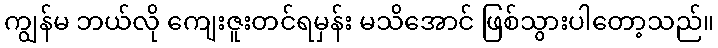
ကျွန်မ ဘယ်လို ကျေးဇူးတင်ရမှန်း မသိအောင် ဖြစ်သွားပါတော့သည်။